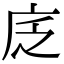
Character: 𢇫